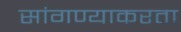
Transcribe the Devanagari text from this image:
सांगण्याकरता